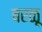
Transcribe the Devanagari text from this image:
बरळू